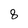
Character: 8